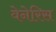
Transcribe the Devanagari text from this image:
वेनेरिस